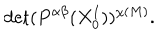
LaTeX: \mathrm { d e t } ( P ^ { \alpha \beta } ( X _ { 0 } ^ { I } ) ) ^ { \chi ( M ) } .